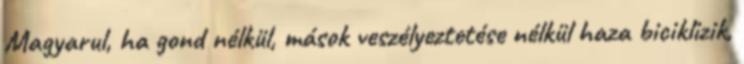
Magyarul, ha gond nélkül, mások veszélyeztetése nélkül haza biciklizik,